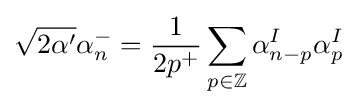
{\sqrt {2\alpha '}}\alpha _{n}^{-}={\frac {1}{2p^{+}}}\sum _{p\in \mathbb {Z} }\alpha _{n-p}^{I}\alpha _{p}^{I}